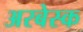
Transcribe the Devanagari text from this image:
अरबेस्क